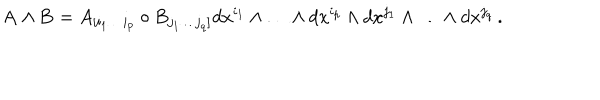
{ \bf A } \wedge { \bf B } = A _ { [ i _ { 1 } \ldots i _ { p } } \circ B _ { j _ { 1 } \ldots j _ { q } ] } d x ^ { i _ { 1 } } \wedge \ldots \wedge d x ^ { i _ { p } } \wedge d x ^ { j _ { 1 } } \wedge \ldots \wedge d x ^ { j _ { q } } \, .